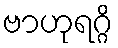
ဗာဟုရဂ္ဂိ